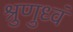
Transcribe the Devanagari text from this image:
श्रुणुध्वं